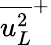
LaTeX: {\overline{{u_{L}^{2}}}}^{+}